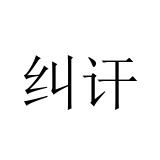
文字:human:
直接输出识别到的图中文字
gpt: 纠讦